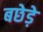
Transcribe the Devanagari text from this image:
बछेड़े